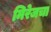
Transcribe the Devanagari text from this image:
मिरेजचा